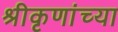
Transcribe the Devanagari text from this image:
श्रीकृणांच्या